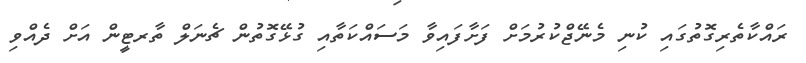
ރައްކާތެރިގޮތުގައި ކުނި މެނޭޖްކުރުމަށް ފަށާފައިވާ މަސައްކަތާއި ގުޅޭގޮތުން ޗެނަލް ތާރޓީން އަށް ދެއްވި